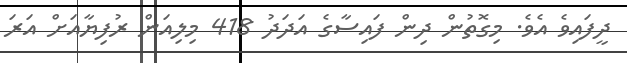
ދީފައިވެ އެވެ. މިގޮތުން ދިން ފައިސާގެ އަދަދު 418 މިލިއަން ރުފިޔާއަށް އަރަ